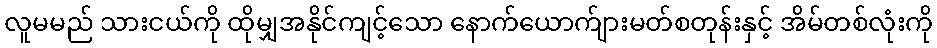
လူမမည် သားငယ်ကို ထိုမျှအနိုင်ကျင့်သော နောက်ယောက်ျားမတ်စတုန်းနှင့် အိမ်တစ်လုံးကို